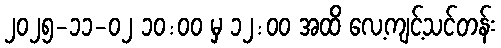
၂၀၂၅-၁၁-၀၂ ၁၀:၀၀ မှ ၁၂:၀၀ အထိ လေ့ကျင့်သင်တန်း